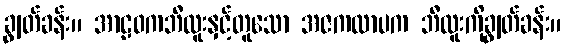
ချွတ်ခန်း။ အာဠဝကဘီလူးနှင့်တူသော အဇကလာပက ဘီလူးကိုချွတ်ခန်း။